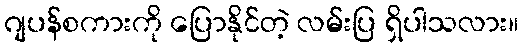
ဂျပန်စကားကို ပြောနိုင်တဲ့ လမ်းပြ ရှိပါသလား။